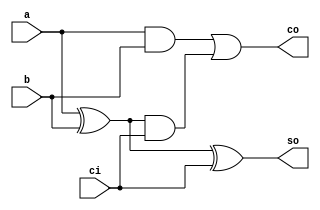
`timescale 1ns / 1ps
//////////////////////////////////////////////////////////////////////////////////
// Company: 
// Engineer: 
// 
// Design Name: 
// Module Name: full_add
// Project Name: 
// Target Devices: 
// Tool Versions: 
// Description: 
// 
// Dependencies: 
// 
// Revision:
// Revision 0.01 - File Created
// Additional Comments:
// 
//////////////////////////////////////////////////////////////////////////////////


module full_add(
input wire a,
input wire b,
input wire ci,
output reg so,
output reg co
    );
    always @ (*) begin
    so = a ^ b ^ ci;
    co = (a & b) | (a^b) & ci;
    end
endmodule